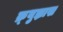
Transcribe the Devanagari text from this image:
क्र्युझ्नाख